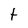
Character: t